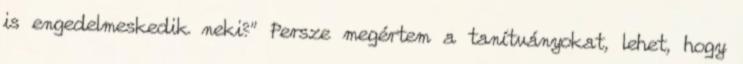
is engedelmeskedik neki?” Persze megértem a tanítványokat, lehet, hogy